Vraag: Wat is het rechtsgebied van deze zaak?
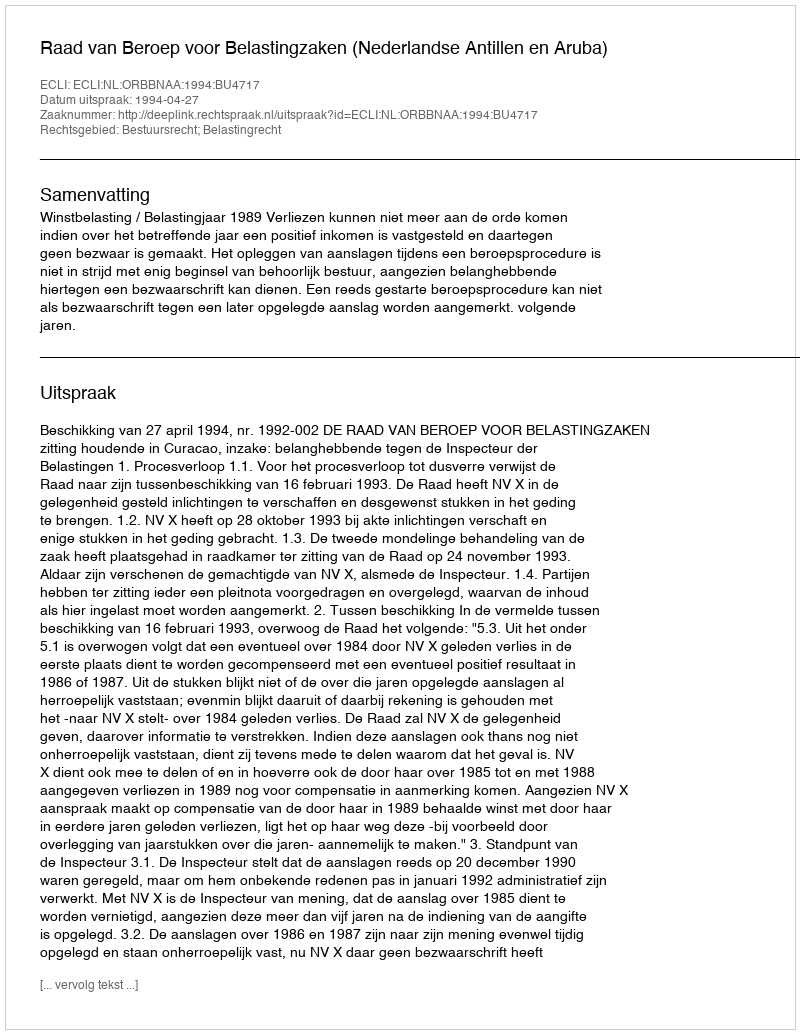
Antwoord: Bestuursrecht; Belastingrecht